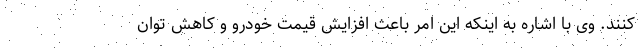
کنند. وی با اشاره به اینکه این امر باعث افزایش قیمت خودرو و کاهش توان